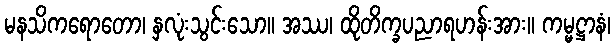
မနသိကရောတော၊ နှလုံးသွင်းသော။ အဿ၊ ထိုတိက္ခပညာရဟန်းအား။ ကမ္မဋ္ဌာနံ၊